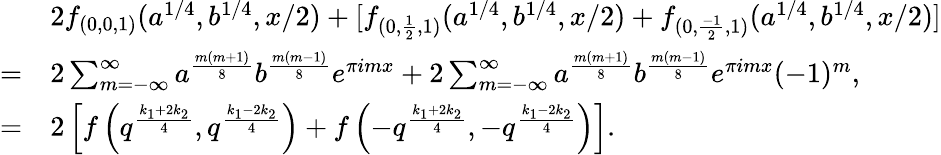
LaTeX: \begin{array}{rl}&{2f_{(0,0,1)}(a^{1/4},b^{1/4},x/2)+[f_{(0,\frac{1}{2},1)}(a^{1/4},b^{1/4},x/2)+f_{(0,\frac{-1}{2},1)}(a^{1/4},b^{1/4},x/2)]}\\ {=}&{2\sum_{m=-\infty}^{\infty}a^{\frac{m(m+1)}{8}}b^{\frac{m(m-1)}{8}}e^{\pi imx}+2\sum_{m=-\infty}^{\infty}a^{\frac{m(m+1)}{8}}b^{\frac{m(m-1)}{8}}e^{\pi imx}(-1)^{m},}\\ {=}&{2\left[f\left(q^{\frac{k_{1}+2k_{2}}{4}},q^{\frac{k_{1}-2k_{2}}{4}}\right)+f\left(-q^{\frac{k_{1}+2k_{2}}{4}},-q^{\frac{k_{1}-2k_{2}}{4}}\right)\right].}\end{array}